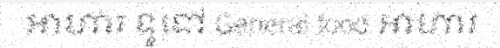
អាហារ ទូទៅ General food អាហារ